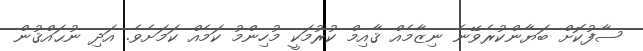
ސާފުކޮށް ބަޔާންކުރެވޭނެ ނިޒާމެއް ޤާއިމް ކުރުމަކީ މުހިންމު ކަމެއް ކަމަށެވެ. އަދި ނުޙައްޤުން